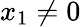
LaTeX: x_{1}\neq 0